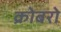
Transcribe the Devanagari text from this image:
क्रोबरो